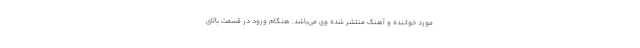
مورد خواننده و آهنگ منتشر شده وی می‌باشد. هنگام ورود در قسمت بالای